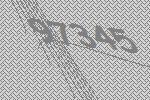
97345